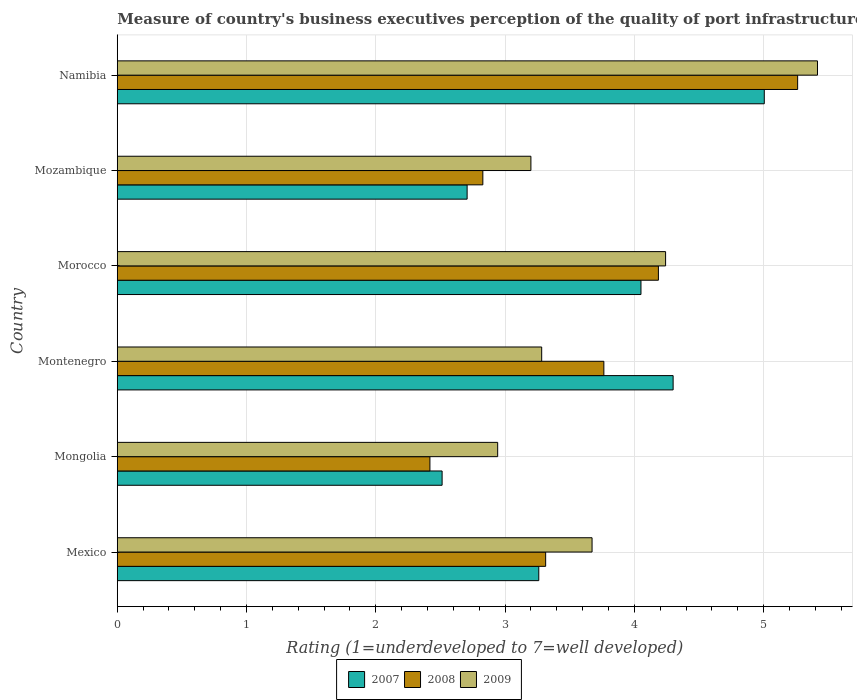
| Country | 2007 | 2008 | 2009 |
 | --- | --- | --- | --- |
 | Mexico | 3.26 | 3.31 | 3.67 |
 | Mongolia | 2.51 | 2.42 | 2.94 |
 | Montenegro | 4.3 | 3.76 | 3.28 |
 | Morocco | 4.05 | 4.19 | 4.24 |
 | Mozambique | 2.71 | 2.83 | 3.2 |
 | Namibia | 5.01 | 5.26 | 5.42 |